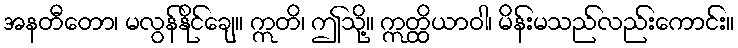
အနတီတော၊ မလွန်နိုင်ချေ။ ဣတိ၊ ဤသို့။ ဣတ္ထိယာဝါ၊ မိန်းမသည်လည်းကောင်း။